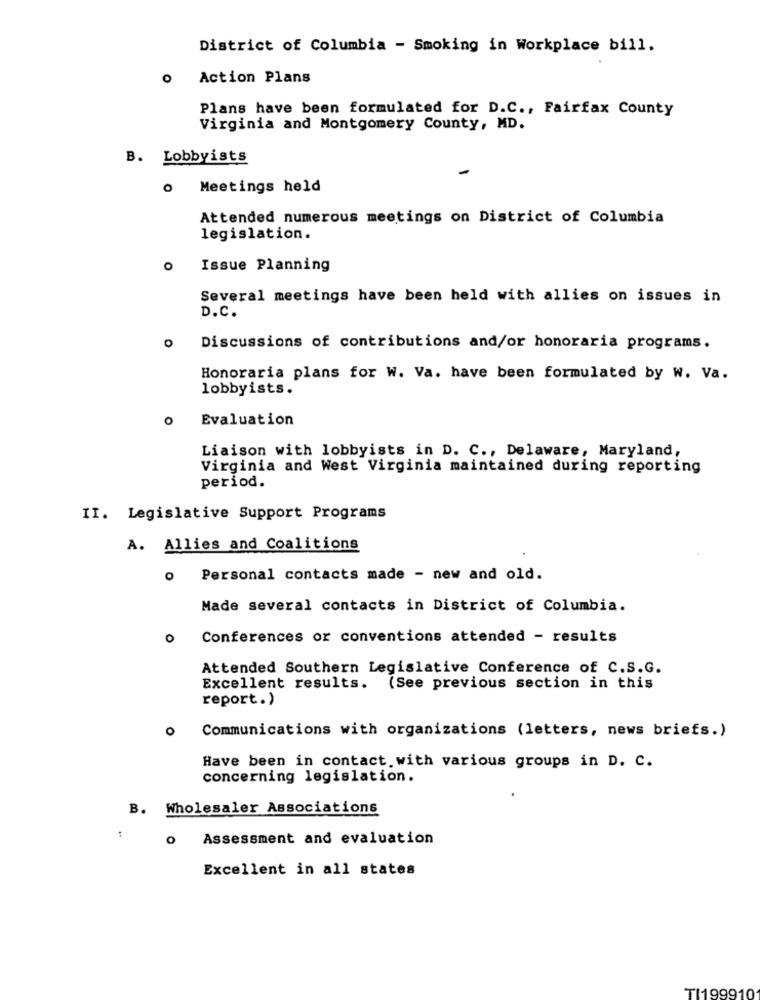
District of Columbia - Smoking in Workplace bill.
O
Action Plans
Plans have been formulated for D.C ., Fairfax County
Virginia and Montgomery County, MD.
B. Lobbyists
-
o Meetings held
Attended numerous meetings on District of Columbia
legislation.
O
Issue Planning
Several meetings have been held with allies on issues in
D.C.
Discussions of contributions and/or honoraria programs.
Honoraria plans for W. Va. have been formulated by W. Va.
lobbyists.
Evaluation
Liaison with lobbyists in D. C ., Delaware, Maryland,
Virginia and West Virginia maintained during reporting
period.
II. Legislative Support Programs
A. Allies and Coalitions
O
Personal contacts made - new and old.
Made several contacts in District of Columbia.
0
Conferences or conventions attended - results
Attended Southern Legislative Conference of C.S.G.
Excellent results. (See previous section in this
report.)
o
Communications with organizations (letters, news briefs.)
Have been in contact. with various groups in D. C.
concerning legislation.
B. Wholesaler Associations
:
Assessment and evaluation
Excellent in all states
TI199910